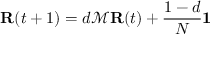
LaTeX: \mathbf { R } ( t + 1 ) = d { \mathcal { M } } \mathbf { R } ( t ) + { \frac { 1 - d } { N } } \mathbf { 1 }